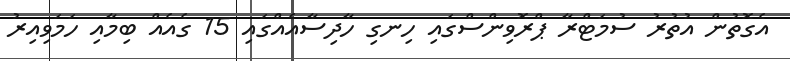
އެގޮތުން އުތުރު ސުމަޓްރާ ޕްރޮވިންސްގައި ހިނގި ހާދިސާއެއްގައި 15 ގެއެއް ބިމާއި ހަމަވިއިރު